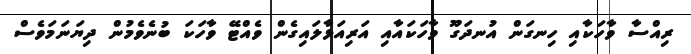
ރިއްސާ ވާހަކާއި ހިނގަން އުނދަގޫ ވާހަކައާއި އަރިއަޅާލައިގެން ވެއްޓޭ ވާހަކަ ބުނެވެމުން ދިޔަނަމަވެސް